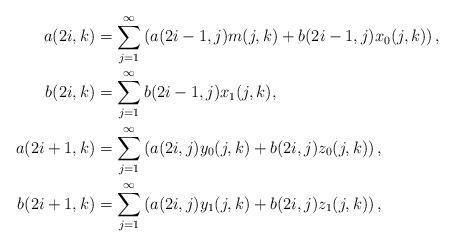
LaTeX: \begin{align*}a(2i,k)&=\sum_{j=1}^\infty \left(a(2i-1,j)m(j,k)+b(2i-1,j)x_0(j,k) \right), \\b(2i,k)&=\sum_{j=1}^\infty b(2i-1,j)x_1(j,k), \\a(2i+1,k)&=\sum_{j=1}^\infty \left(a(2i,j)y_0(j,k)+b(2i,j)z_0(j,k) \right), \\b(2i+1,k)&=\sum_{j=1}^\infty \left(a(2i,j)y_1(j,k)+b(2i,j)z_1(j,k) \right), \end{align*}